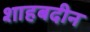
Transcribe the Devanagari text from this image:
शाहबदीन